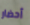
أحضار